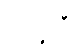
တက္ကစီ